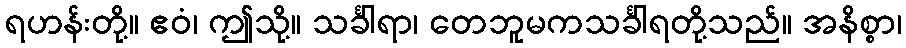
ရဟန်းတို့။ ဧဝံ၊ ဤသို့။ သင်္ခါရာ၊ တေဘူမကသင်္ခါရတို့သည်။ အနိစ္စာ၊